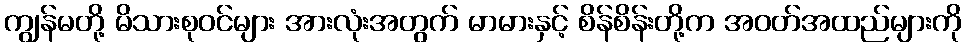
ကျွန်မတို့ မိသားစုဝင်များ အားလုံးအတွက် မာမားနှင့် စိန်စိန်းတို့က အဝတ်အထည်များကို